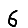
Digit: 6